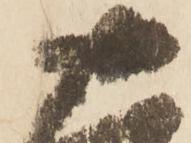
十